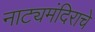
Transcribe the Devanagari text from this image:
नाट्यमंदिराचे